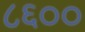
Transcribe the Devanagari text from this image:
८६००